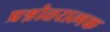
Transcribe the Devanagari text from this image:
प्रश्नोत्तरात्मक